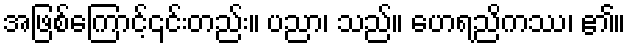
အဖြစ်ကြောင့်၎င်းတည်း။ ပညာ၊ သည်။ ဟေရညိကဿ၊ ၏။